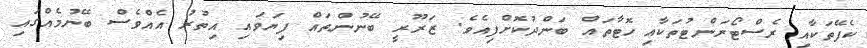
ކެފޭތަކާއި ރެސްޓޯރަންޓުތަކާއި ހޮޓާތައް ބަންދުކޮށްފިއެވެ. ޒަރޫރީ ބޭނުންތައް ފިޔަވައި އިތުރު އެއްވެސް ބޭނުމެއްގައި